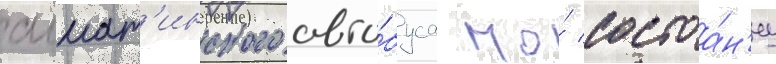
алмат'инского авто́буса по́ состоа́н'иу